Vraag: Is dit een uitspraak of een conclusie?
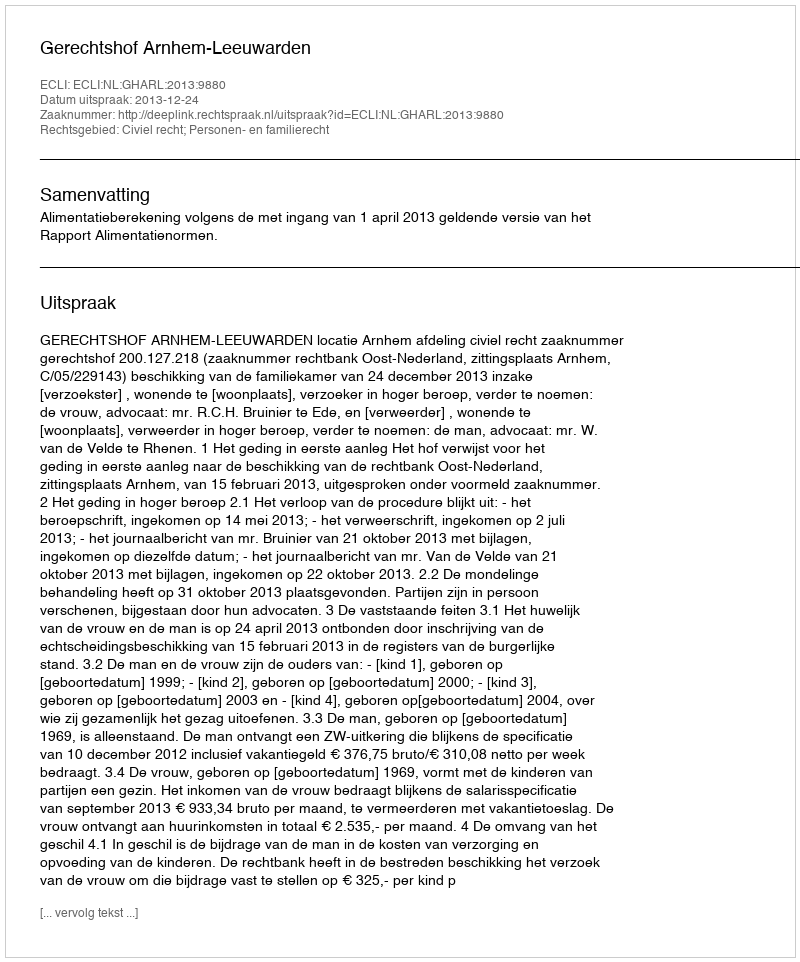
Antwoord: Uitspraak